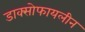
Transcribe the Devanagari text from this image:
डाक्सोफायलीन